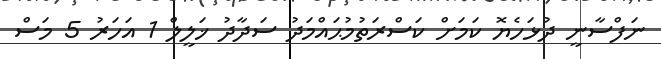
ނަފްސާނީ ދުޅަހެޔޮ ކަމަށް ކަސްރަތުމުޙައްމަދު ސަދާދު ޚަލީލް 1 އަހަރު 5 މަސް